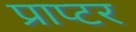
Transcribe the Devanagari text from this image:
प्राप्टर